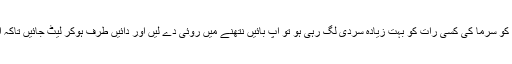
اس کا تجربہ یوں کیا جاسکتا ہے کہ اگر آپ کو سرما کی کسی رات کو بہت زیادہ سردی لگ رہی ہو تو آپ بائیں نتھنے میں روئی دے لیں اور دائیں طرف ہوکر لیٹ جائیں تاکہ آپ کا دایاں نتھنا مسلسل چلنا شروع ہوجائے۔